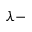
\lambda -